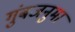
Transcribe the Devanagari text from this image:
गुंबजनुमा